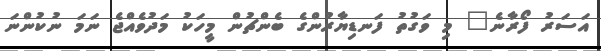
އަސަރު ފޯރާނެ" މި ވަގުތު ފަނޑިޔާރުންގެ ބެންޗުން މީހަކު މަދުވެއްޖެ ނަމަ ނުކުންނަ